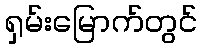
ရှမ်းမြောက်တွင်